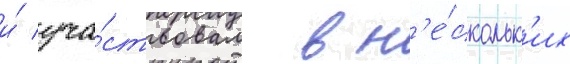
и́ уча́ствовал в н'е́скольк'их